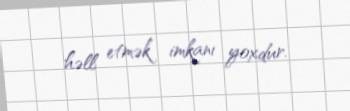
həll etmək imkanı yoxdur.